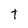
Character: T